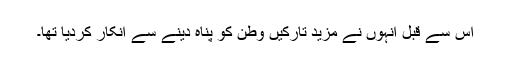
اس سے قبل انہوں نے مزید تارکیں وطن کو پناہ دینے سے انکار کردیا تھا۔